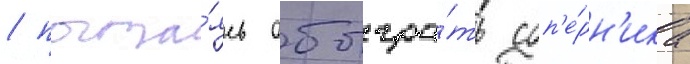
/ пыта́ясь обыгра́ть соп'е́рн'ика